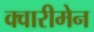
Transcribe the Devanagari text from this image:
क्वारीमेन